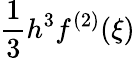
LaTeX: {\frac{1}{3}}h^{3}f^{(2)}(\xi)